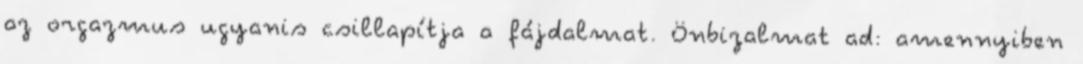
az orgazmus ugyanis csillapítja a fájdalmat. Önbizalmat ad: amennyiben